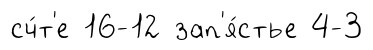
сч́т'е 16-12 зап'я́стье 4-3